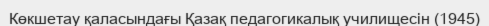
Көкшетау қаласындағы Қазақ педагогикалық училищесін (1945)